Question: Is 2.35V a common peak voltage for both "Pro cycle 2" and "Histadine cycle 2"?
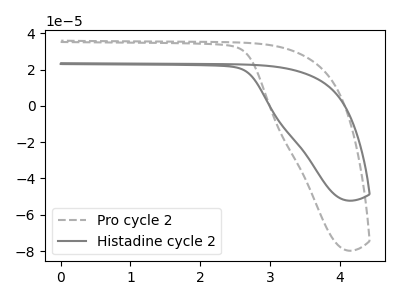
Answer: <think>The gray dashed curve "Pro cycle 2" has no peaks. The gray curve "Histadine cycle 2" has no peaks.</think>
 <answer>No, "Pro cycle 2" and "Histadine cycle 2" dont share a peak at 2.35V.</answer>
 <eval>mismatch</eval>